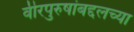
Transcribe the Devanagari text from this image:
वीरपुरुषांबद्दलच्या